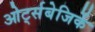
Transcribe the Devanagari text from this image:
ओर्ट्सबेजिर्के